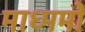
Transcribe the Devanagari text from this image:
माध्ममों